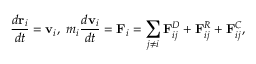
\frac { d \mathbf { r } _ { i } } { d t } = \mathbf { v } _ { i } , \ m _ { i } \frac { d \mathbf { v } _ { i } } { d t } = \mathbf { F } _ { i } = \sum _ { j \ne i } \mathbf { F } _ { i j } ^ { D } + \mathbf { F } _ { i j } ^ { R } + \mathbf { F } _ { i j } ^ { C } ,